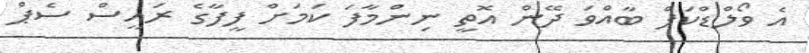
އެ ވޯލްޑްކަޕް ބާއްވަ ދޭން އޮތީ ނިންމާފަ ކަމަށް ފީފާގެ ރައީސް ސެޕް